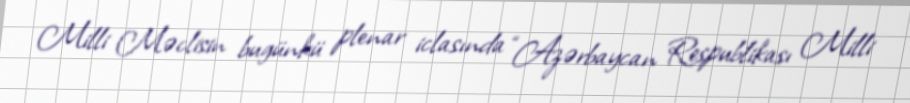
Milli Məclisin bugünkü plenar iclasında “Azərbaycan Respublikası Milli